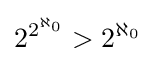
2^{2^{\aleph _{0}}}>2^{\aleph _{0}}